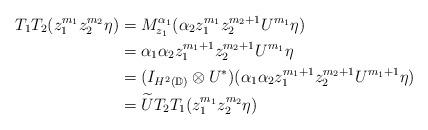
LaTeX: \begin{align*} T_1T_2(z_1^{m_1}z_2^{m_2} \eta) &=M_{z_1}^{\alpha_1} (\alpha_2 z_1^{m_1}z_2^{m_2+1}U^{m_1} \eta)\\ &=\alpha_1 \alpha_2 z_1^{m_1+1}z_2^{m_2+1}U^{m_1} \eta \\ &=(I_{H^2({\mathbb{D}})} \otimes U^*) (\alpha_1 \alpha_2 z_1^{m_1+1}z_2^{m_2+1} U^{m_1+1}\eta)\\ &=\widetilde{U} T_2T_1 (z_1^{m_1}z_2^{m_2} \eta)\end{align*}